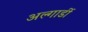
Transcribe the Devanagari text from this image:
अल्गार्डी